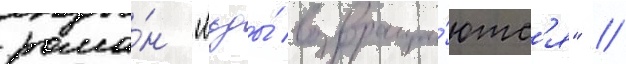
рома́н "льды́ возвраща́ютс'я" //